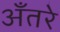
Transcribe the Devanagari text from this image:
अँतरे